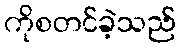
ကိုစတင်ခဲ့သည်